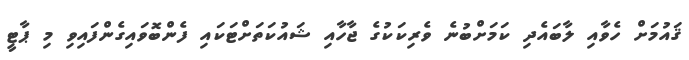
ޤައުމަށް ހެވާއި ލާބައެދި ކަމަށްބުނެ ވެރިކަކުގެ ޖާހާއި ޝައުކަތަށްޓަކައި ފެންބޮވައިގެންފައިވި މި ޕާޓީ